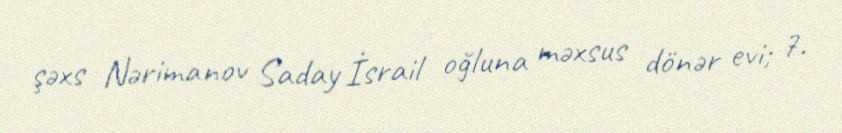
şəxs Nərimanov Saday İsrail oğluna məxsus dönər evi; 7.